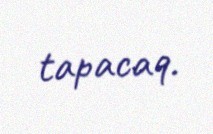
tapacaq.